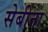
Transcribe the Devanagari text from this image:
सेबीना